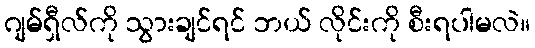
ဂျမ်ရှီလ်ကို သွားချင်ရင် ဘယ် လိုင်းကို စီးရပါမလဲ။